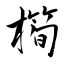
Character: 橁